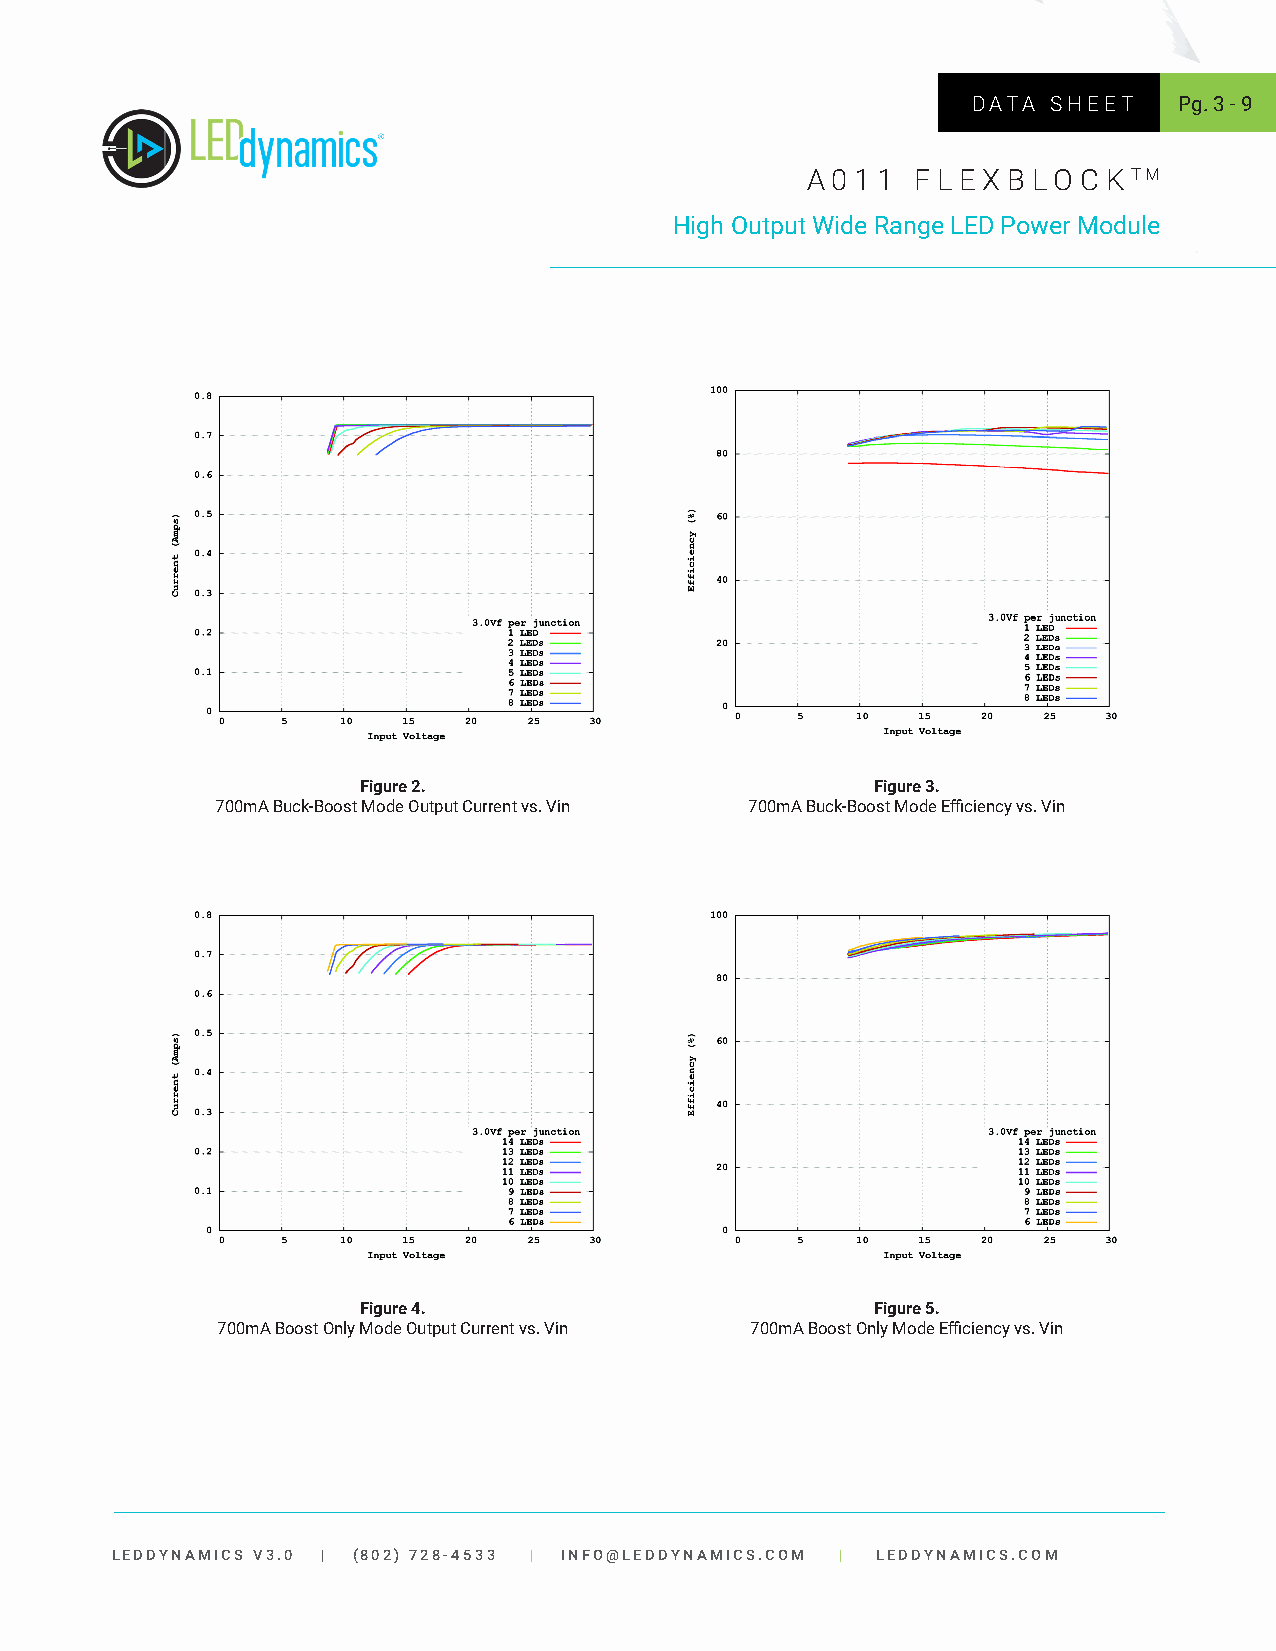
DATA  SHEET   Pg. 3 - 9
 A 0 1 1 F L E X B LO C K TM
 High Output Wide Range LED Power Module
 Figure 2.                         Figure 3.
 700mA Buck-Boost Mode Output Current vs. Vin 700mA Buck-Boost Mode Efficiency vs. Vin
 Figure 4.                         Figure 5.
 700mA Boost Only Mode Output Current vs. Vin 700mA Boost Only Mode Efficiency vs. Vin
 LEDDYNAMICS V3.0 | (802) 728-4533 | INFO@LEDDYNAMICS.COM | LEDDYNAMICS.COM